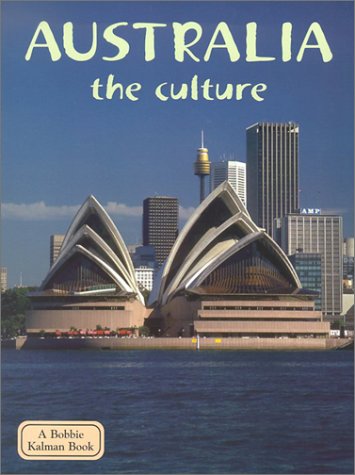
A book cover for Australia (Lands, Peoples, & Cultures); Erinn Banting; Children's Books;